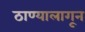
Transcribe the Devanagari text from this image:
ठाण्यालागून